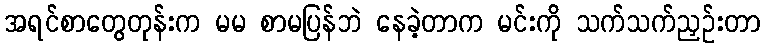
အရင်စာတွေတုန်းက မမ စာမပြန်ဘဲ နေခဲ့တာက မင်းကို သက်သက်ညှဉ်းတာ